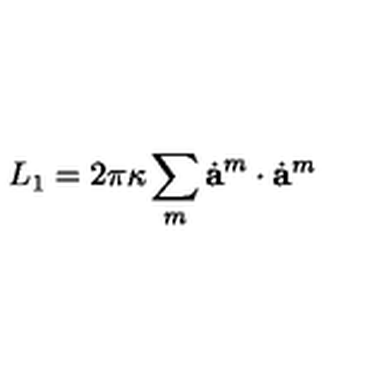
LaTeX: L _ { 1 } = 2 \pi \kappa \sum _ { m } \dot { \bf a } ^ { m } \cdot \dot { \bf a } ^ { m }